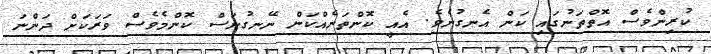
ކުރިންވެސް އޮތްތަނުގައި ކަން އެނގުނެވެ. އެއީ ކޮންތަނެއްކަން ނޭނގުނަސް ކޮންމެވެސް ވަރަކަށް ދަންނަ